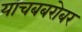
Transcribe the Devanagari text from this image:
याचबबरोबर